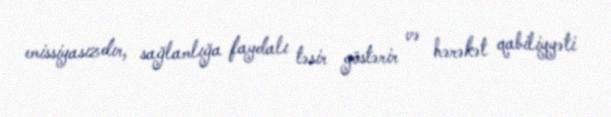
emissiyasızdır, sağlamlığa faydalı təsir göstərir və hərəkət qabiliyyəti